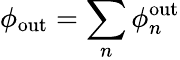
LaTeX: \phi_{\mathrm{out}}=\sum_{n}\phi_{n}^{\mathrm{out}}